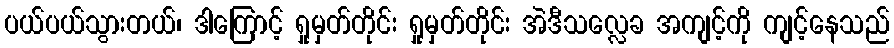
ပယ်ပယ်သွားတယ်၊ ဒါကြောင့် ရှုမှတ်တိုင်း ရှုမှတ်တိုင်း အဲဒီသလ္လေခ အကျင့်ကို ကျင့်နေသည်